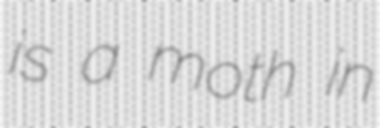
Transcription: is a moth in